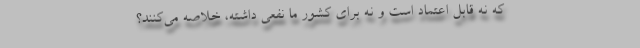
که نه قابل اعتماد است و نه برای کشور ما نفعی داشته، خلاصه می‌کنند؟